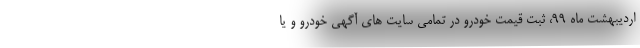
اردیبهشت ماه 99، ثبت قیمت خودرو در تمامی سایت های آگهی خودرو و یا